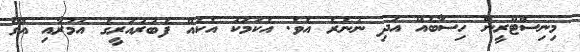
މިނިސްޓްރީން ހިސާބެއް އަދި ނުނެރެ އެވެ. އެކަމަކު އެކެއް ފެބުރުއަރީގެ އަމުރާއި އޭގެ